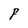
Character: F